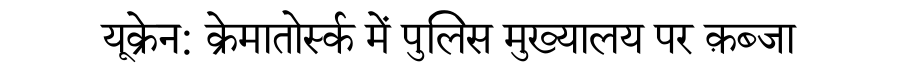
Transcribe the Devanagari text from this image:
यूक्रेन: क्रेमातोर्स्क में पुलिस मुख्यालय पर क़ब्जा